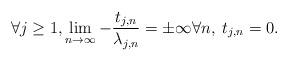
LaTeX: \begin{align*}\forall j\geq 1,\lim_{n \rightarrow \infty} - \frac{t_{j,n}}{\lambda_{j,n}} = \pm \infty \forall n,\;t_{j,n}=0.\end{align*}